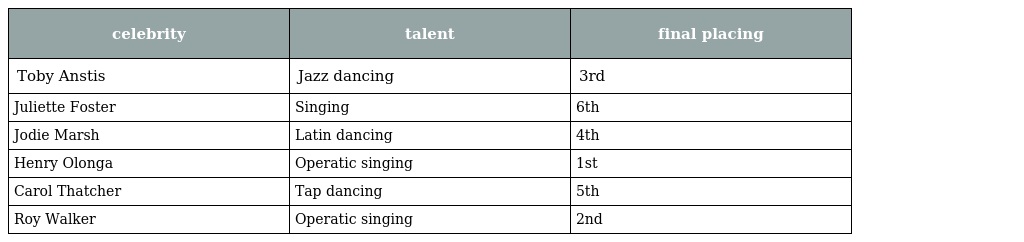
| celebrity | talent | final placing |
 | --- | --- | --- |
 | Toby Anstis | Jazz dancing | 3rd |
 | Juliette Foster | Singing | 6th |
 | Jodie Marsh | Latin dancing | 4th |
 | Henry Olonga | Operatic singing | 1st |
 | Carol Thatcher | Tap dancing | 5th |
 | Roy Walker | Operatic singing | 2nd |